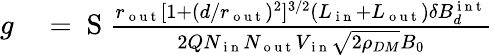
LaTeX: \begin{array}{rl}{g}&{{}=\mathrm{~S~}\frac{r_{\mathrm{~o~u~t~}}[1+(d/r_{\mathrm{~o~u~t~}})^{2}]^{3/2}(L_{\mathrm{~i~n~}}+L_{\mathrm{~o~u~t~}})\delta B_{d}^{\mathrm{~i~n~t~}}}{2QN_{\mathrm{~i~n~}}N_{\mathrm{~o~u~t~}}V_{\mathrm{~i~n~}}\sqrt{2\rho_{DM}}B_{0}}}\end{array}